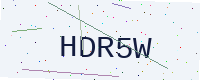
Text: HDR5W